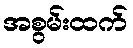
အစွမ်းထက်